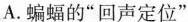
A.蝙蝠的”回声定位”